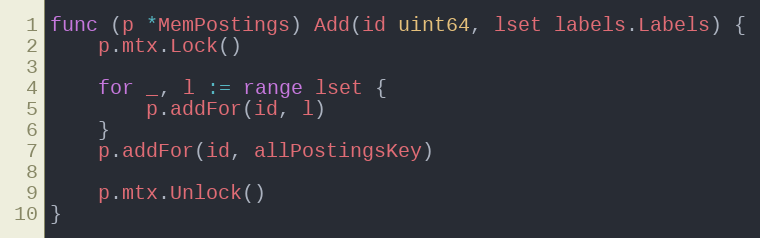
Language: Go
func (p *MemPostings) Add(id uint64, lset labels.Labels) {
	p.mtx.Lock()

	for _, l := range lset {
		p.addFor(id, l)
	}
	p.addFor(id, allPostingsKey)

	p.mtx.Unlock()
}